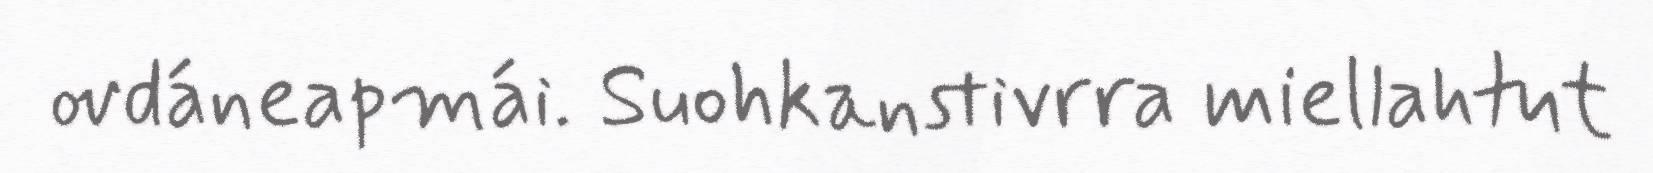
ovdáneapmái. Suohkanstivrra miellahtut